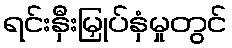
ရင်းနှီးမြှုပ်နှံမှုတွင်